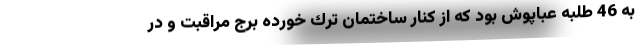
به 46 طلبه عباپوش بود كه از كنار ساختمان ترك خورده برج مراقبت و در